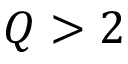
Q > 2